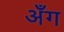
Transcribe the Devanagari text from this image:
अँग